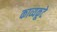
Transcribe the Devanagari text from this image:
काव्यकूटे